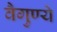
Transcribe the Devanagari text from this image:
वैगुण्ये